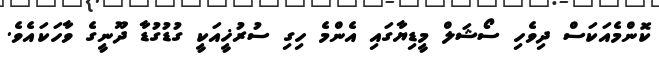
ކޮންމެއަކަސް ދިވެހި ސޯޝަލް މީޑިޔާގައި އެންމެ ހިގި ސުރުޚީއަކީ ގުޑުގުޑާ ދޫނީގެ ވާހަކައެވެ.